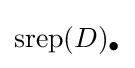
{\text{srep}}(D)_{\bullet }